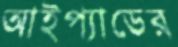
আইপ্যাডের